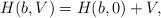
LaTeX: \begin{align*}H(b,V) = H(b,0) + V,\end{align*}